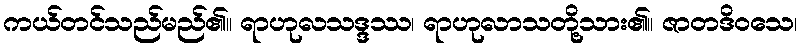
ကယ်တင်သည်မည်၏။ ရာဟုလသဒ္ဒဿ၊ ရာဟုလာသတို့သား၏။ ဇာတဒိဝသေ၊